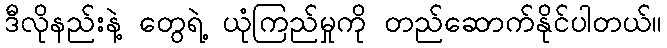
ဒီလိုနည်းနဲ့ တွေရဲ့ ယုံကြည်မှုကို တည်ဆောက်နိုင်ပါတယ်။